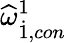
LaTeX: {\widehat{\omega}}_{\dot{1},con}^{1}